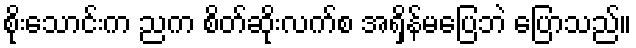
စိုးသောင်းက ညက စိတ်ဆိုးလက်စ အရှိန်မပြေဘဲ ပြောသည်။